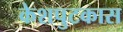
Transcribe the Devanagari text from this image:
केशपुटकास